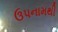
ઉપનામથી